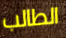
الطالب